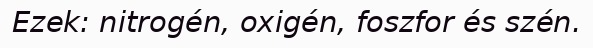
Ezek: nitrogén, oxigén, foszfor és szén.